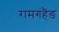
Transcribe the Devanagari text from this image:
रामगंहैंङ